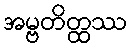
အမ္ဗတိတ္ထဿ